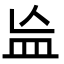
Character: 𬐗